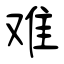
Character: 难